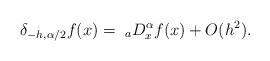
LaTeX: \begin{align*}\delta_{-h,\alpha/2} f(x) = \;_aD_x^\alpha f(x) + O(h^2).\end{align*}